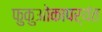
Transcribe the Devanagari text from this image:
फुकुओकापर्यंत